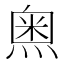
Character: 𱫵